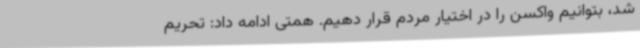
شد، بتوانیم واکسن را در اختیار مردم قرار دهیم. همتی ادامه داد: تحریم